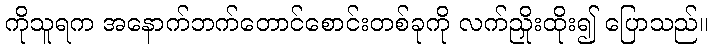
ကိုသူရက အနောက်ဘက်တောင်စောင်းတစ်ခုကို လက်ညှိုးထိုး၍ ပြောသည်။